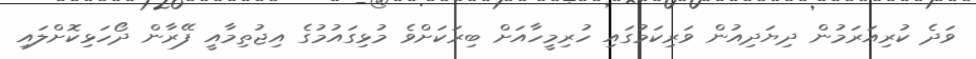
ވަދެ ކުރިއަރަމުން ދިޔަދިއުން ވަރިކަމުގައި ހުރިމީހާއަށް ބިރަކަށްވެ މުޅިގައުމުގެ އިޖުތިމާއީ ފޭރާން ދޯހަޅިކޮށްލައި